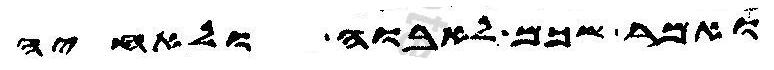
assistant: ואמר שכם לאבוה ולאחיה